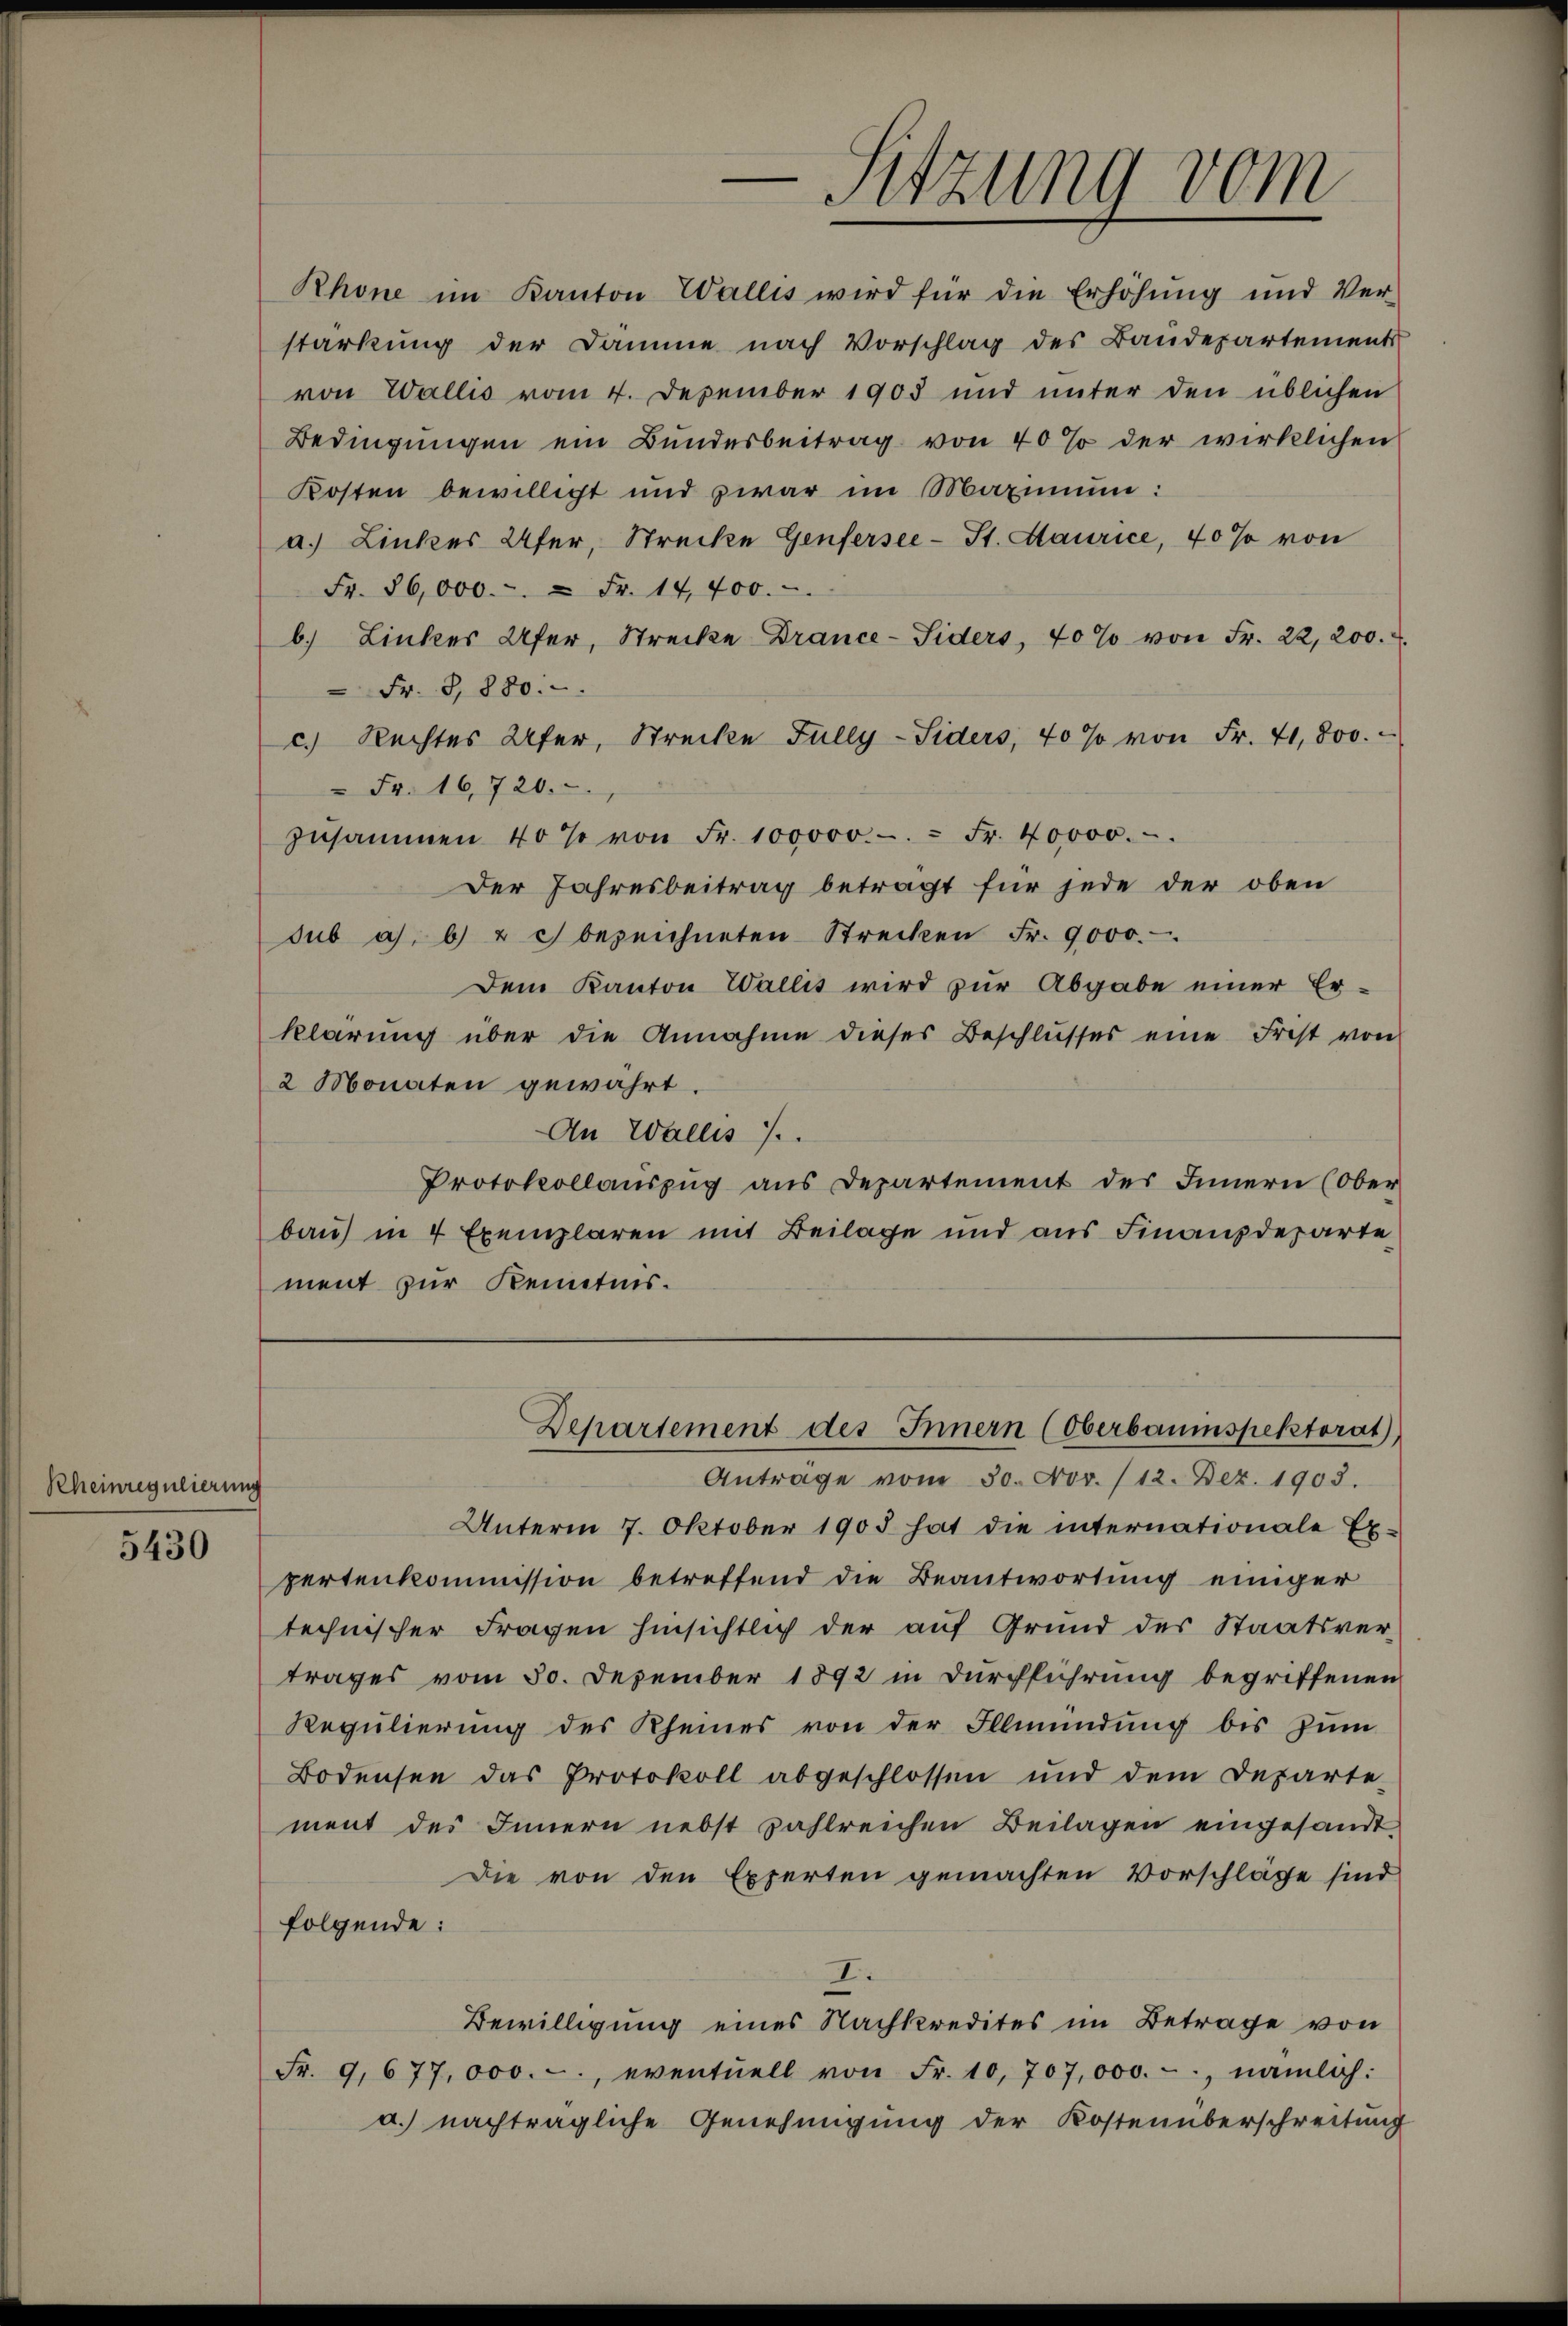
Rheinregulierung

5430

Sitzung vom

Rhone im Kanton Wallis wird für die Erhöhung und Ver-
starkung der Damme nach Vorschlag des Baudepartements
von Wallis vom 4. Dezember 1903 und unter den üblichen
Bedingungen ein Bundesbeitrag von 40% der wirklichen
Kosten bewilligt und zwar im Maximum:
a.) Linkes Ufer, Strecke Genfersee-St. Maurice, 40% von
Fr. 86,000.-. " Fr. 14,400.
b. Linker Ufer, Strecke Drance-Siders, 40% von Fr. 22, 200.
Fr. S. 880.
c.) Rechtes Ufer, Strecke Fully-Siders, 40% von Fr. 41,800.
 Fr. 16,720.
zŭsammen 40% von Fr. 100000.-. - Fr. 40000.
Der Jahresbeitrag betragt für jede der oben
sub a. b & c bezeichneten Strecken Fr. 9000.
Dem Kanton Wallis wird zŭr Abgabe einer Er-
klärung über die Annahme dieses Beschlusses eine Frist von
2 Monaten gewährt.
An Wallis 7.
Protokollauszug aus Departement des Innern (Ober
bau) in 4 Exemplaren mit Beilage und aus Finanzdeparte
ment zur Kenntnis.

Antrage vom 30. Nov. /12. Dez. 1903.
Unterm 7. Oktober 1903 hat die internationale Ex-
pertenkommission betreffend die Beantwortung einiger
technischer Fragen hinsichtlich der auf Grund des Staatsver-
trages vom 30. Dezember 1892 in Durchführung begriffenen
Regulierung des Rheines von der Illmündung bis zum
Bodensee das Protokoll abgeschlossen und dem Departe-
ment des Innern nebst zahlreichen Beilagen eingesandt
Die von den Experten gemachten Vorschläge sind
folgende:
I.
Bewilligung eines Nachkredites im Betrage von
Fr. 9677,000.-, eventuell von Fr. 10,707,000.-, nämlich:
a.) nachträgliche Genehmigung der Kostenüberschreitung

Departement des Innern (Oberbauinspektorat),